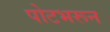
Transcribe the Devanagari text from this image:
पोटभरून